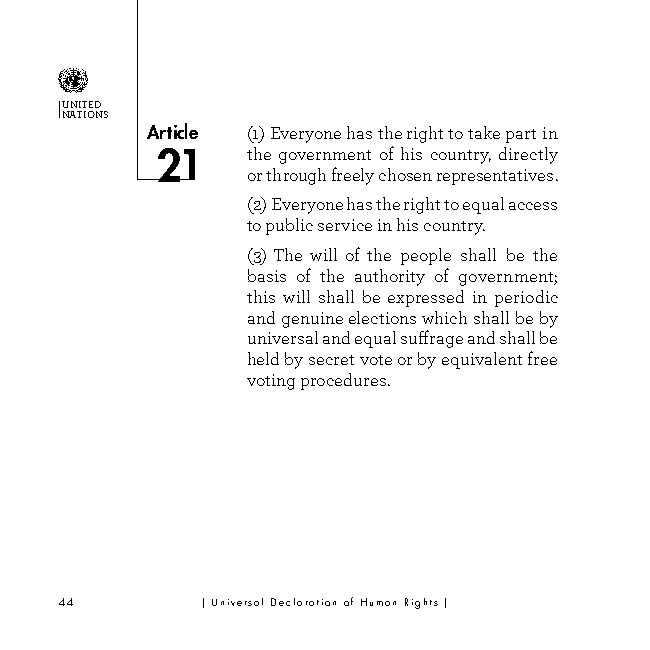
UNITED
 NATIONS
 Article (1) Everyone has the right to take part in
 the g overnment of his country, directly
 or through freely chosen representatives.
 (2) Everyone has the right to equal access
 to public service in his country.
 (3) The will of the people shall be the
 basis of the authority of government;
 this will shall be expressed in periodic
 and genuine elections which shall be by
 universal and equal suffrage and shall be
 held by secret vote or by equivalent free
 voting procedures.
 44       | Universal Declaration of Human Rights |